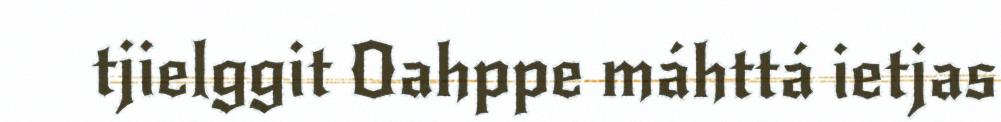
tjielggit Oahppe máhttá ietjas